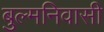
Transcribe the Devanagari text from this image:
बुल्मनिवासी